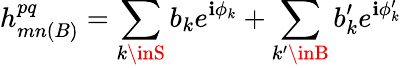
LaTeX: h_{mn(B)}^{pq}=\sum_{k\inS}b_{k}e^{\mathbf{i}\phi_{k}}+\sum_{k^{\prime}\inB}b_{k}^{\prime}e^{\mathbf{i}\phi_{k}^{\prime}}